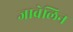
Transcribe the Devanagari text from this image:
जावेलिन